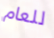
للعام